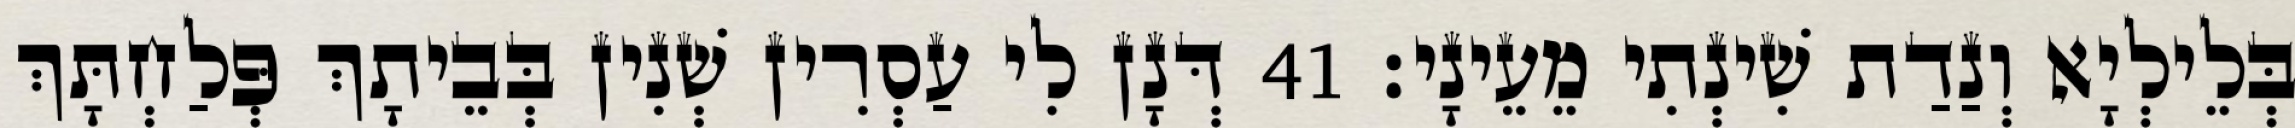
בְּלֵילְיָא וְנַדַת שִׁינְתִי מֵעֵינָי׃ 41 דְּנָן לִי עַסְרִין שְׁנִין בְּבֵיתָךְ פְּלַחְתָּךְ